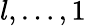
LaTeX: l,\ldots,1